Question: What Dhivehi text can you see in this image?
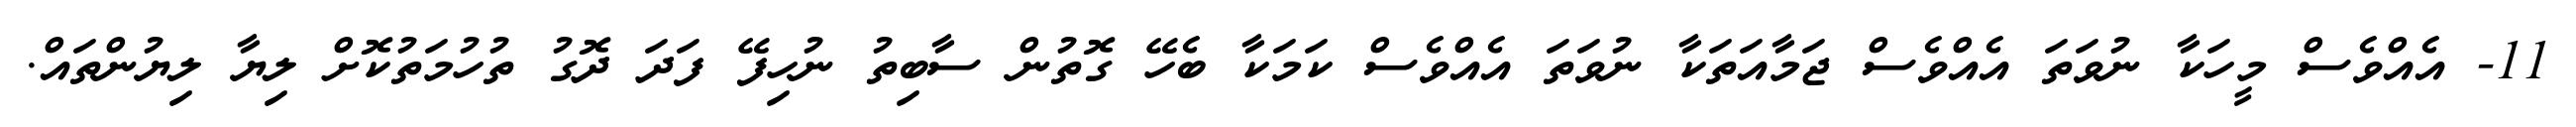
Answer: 11- އެއްވެސް މީހަކާ ނުވަތަ އެއްވެސް ޖަމާއަތަކާ ނުވަތަ އެއްވެސް ކަމަކާ ބެހޭ ގޮތުން ސާބިތު ނުހިފޭ ފަދަ ދޮގު ތުހުމަތުކޮށް ލިޔާ ލިޔުންތައް.